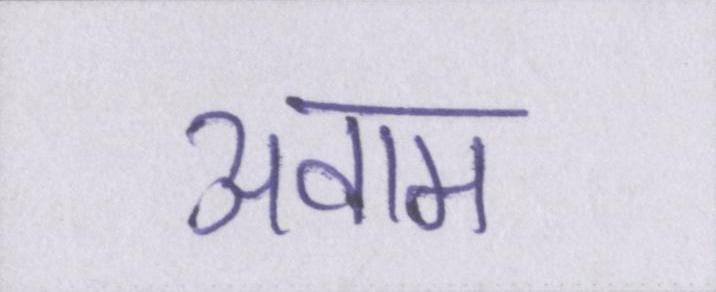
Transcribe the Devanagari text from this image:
अवाम